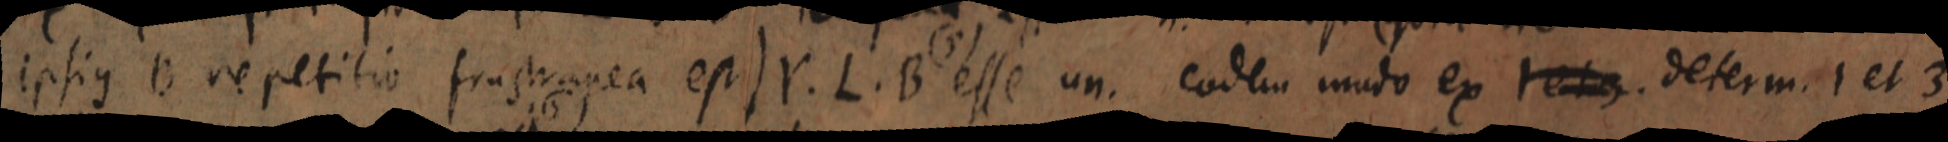
ipsius B repetitio frustranea est) Y. L. B esse un. eodem modo ex 1 et 3. determ. 1 et 3